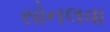
સોનલવા